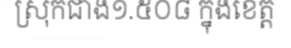
ស្រុកជាង១.៥០៨ ក្នុងខេត្ត